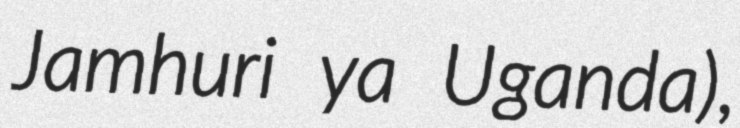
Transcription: Jamhuri ya Uganda),